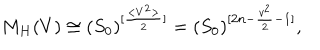
M _ { H } ( V ) \cong ( S _ { 0 } ) ^ { [ \frac { < V ^ { 2 } > } { 2 } ] } = ( S _ { 0 } ) ^ { [ 2 n - \frac { v ^ { 2 } } { 2 } - 1 ] } ,